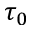
\tau _ { 0 }